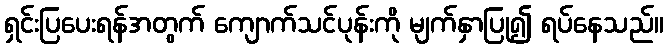
ရှင်းပြပေးရန်အတွက် ကျောက်သင်ပုန်းကို မျက်နှာပြု၍ ရပ်နေသည်။